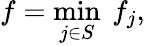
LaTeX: f=\underset{j\in S}{\operatorname*{min}}\ f_{j},